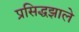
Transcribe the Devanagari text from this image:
प्रसिद्धझाले